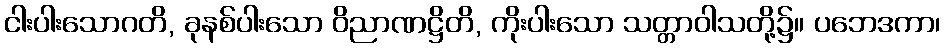
ငါးပါးသောဂတိ, ခုနစ်ပါးသော ဝိညာဏဋ္ဌိတိ, ကိုးပါးသော သတ္တာဝါသတို့၌။ ပဘေဒကာ၊